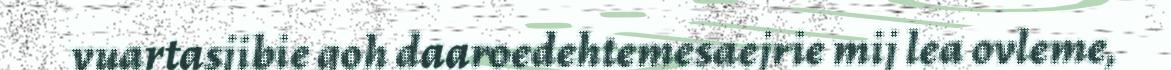
vuartasjibie goh daaroedehtemesaejrie mij lea ovleme,